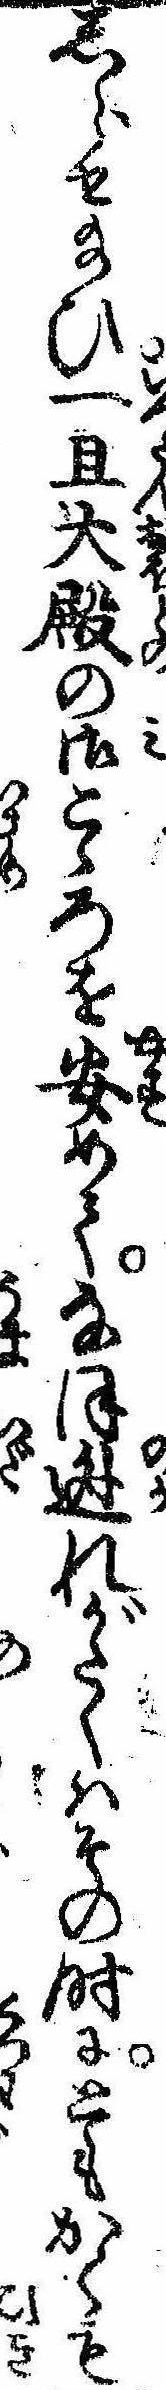
しらせ給ひ一旦大殿の御こ々ろを安めてなほ逃れがたくはその時にともかくも